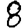
Digit: 8